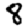
Digit: 8